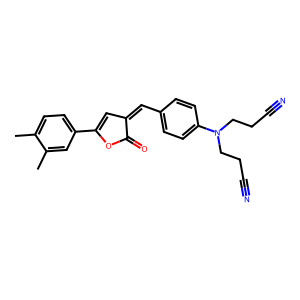
SMILES: Cc1ccc(C2=CC(=Cc3ccc(N(CCC#N)CCC#N)cc3)C(=O)O2)cc1C
Inhibits HIV replication: No